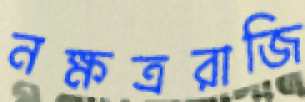
নক্ষত্ররাজি